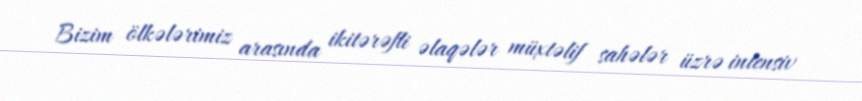
Bizim ölkələrimiz arasında ikitərəfli əlaqələr müxtəlif sahələr üzrə intensiv